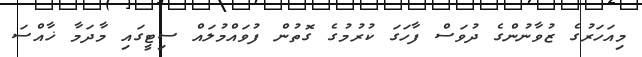
މިއަހަރުގެ ޒުވާނުންގެ ދުވަސް ފާހަގަ ކުރުމުގެ ގޮތުން ފުވައްމުލައް ސިޓީގައި މާދަމާ ޚާއްސަ